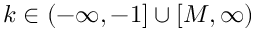
k \in ( - \infty , - 1 ] \cup [ M , \infty )